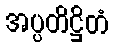
အပ္ပတိဋ္ဌိတံ